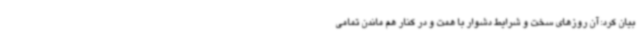
بیان کرد: آن روزهای سخت و شرایط دشوار با همت و در کنار هم ماندن تمامی